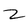
Character: 2